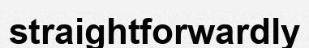
straightforwardly